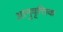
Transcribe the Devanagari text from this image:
आनुवृत्तिक